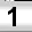
Digit: 1